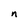
Character: n